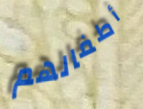
أطفالهم